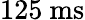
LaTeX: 125~\mathrm{ms}